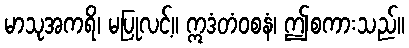
မာသုအကရိ၊ မပြုလင့်။ ဣဒံတံဝစနံ၊ ဤစကားသည်။